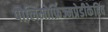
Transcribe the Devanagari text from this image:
पोलिमोर्फ़िज्मप्रेडीकेटिव